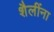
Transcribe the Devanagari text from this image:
शैलींना